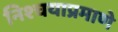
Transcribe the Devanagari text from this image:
निश्चयाप्रमाणे